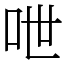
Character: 呭